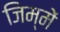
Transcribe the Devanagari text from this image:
जिम्‍में